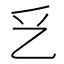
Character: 乥